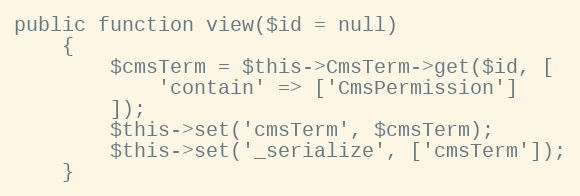
Language: PHP
public function view($id = null)
    {
        $cmsTerm = $this->CmsTerm->get($id, [
            'contain' => ['CmsPermission']
        ]);
        $this->set('cmsTerm', $cmsTerm);
        $this->set('_serialize', ['cmsTerm']);
    }